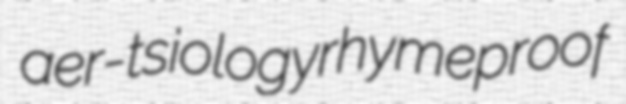
aer- tsiology rhymeproof